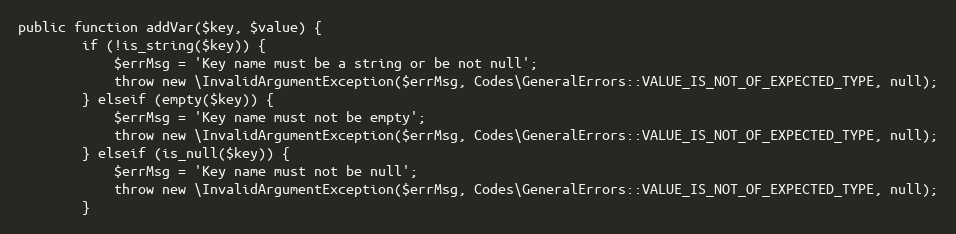
Language: PHP
public function addVar($key, $value) {
        if (!is_string($key)) {
            $errMsg = 'Key name must be a string or be not null';
            throw new \InvalidArgumentException($errMsg, Codes\GeneralErrors::VALUE_IS_NOT_OF_EXPECTED_TYPE, null);
        } elseif (empty($key)) {
            $errMsg = 'Key name must not be empty';
            throw new \InvalidArgumentException($errMsg, Codes\GeneralErrors::VALUE_IS_NOT_OF_EXPECTED_TYPE, null);
        } elseif (is_null($key)) {
            $errMsg = 'Key name must not be null';
            throw new \InvalidArgumentException($errMsg, Codes\GeneralErrors::VALUE_IS_NOT_OF_EXPECTED_TYPE, null);
        }